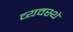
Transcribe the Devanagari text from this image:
व्यवस्थे